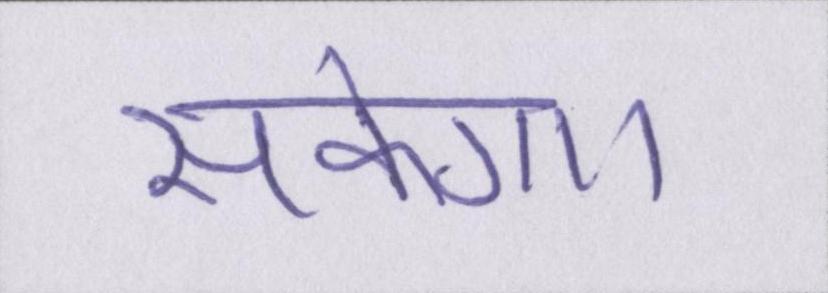
सकेगा।